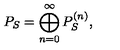
P _ { S } = \bigoplus _ { n = 0 } ^ { \infty } P _ { S } ^ { ( n ) } ,